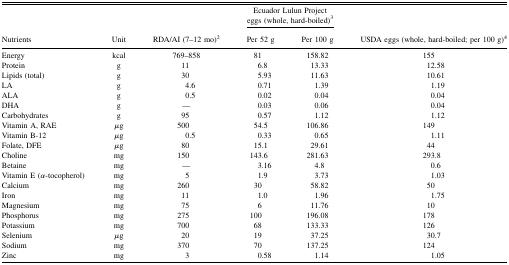
|  |  |  | <COLSPAN=2> Ecuador Lulun Project eggs (whole, hard-boiled)3 |  |
 | Nutrients | Unit | RDA/AI (7–12 mo)2 | Per 52 g | Per 100 g | USDA eggs (whole, hard-boiled; per 100 g)4 |
 | --- | --- | --- | --- | --- | --- |
 | Energy | kcal | 769–858 | 81 | 158.82 | 155 |
 | Protein | g | 11 | 6.8 | 13.33 | 12.58 |
 | Lipids (total) | g | 30 | 5.93 | 11.63 | 10.61 |
 | LA | g | 4.6 | 0.71 | 1.39 | 1.19 |
 | ALA | g | 0.5 | 0.02 | 0.04 | 0.04 |
 | DHA | g | — | 0.03 | 0.06 | 0.04 |
 | Carbohydrates | g | 95 | 0.57 | 1.12 | 1.12 |
 | Vitamin A, RAE | μg | 500 | 54.5 | 106.86 | 149 |
 | Vitamin B-12 | μg | 0.5 | 0.33 | 0.65 | 1.11 |
 | Folate, DFE | μg | 80 | 15.1 | 29.61 | 44 |
 | Choline | mg | 150 | 143.6 | 281.63 | 293.8 |
 | Betaine | mg | — | 3.16 | 4.8 | 0.6 |
 | Vitamin E (α-tocopherol) | mg | 5 | 1.9 | 3.73 | 1.03 |
 | Calcium | mg | 260 | 30 | 58.82 | 50 |
 | Iron | mg | 11 | 1.0 | 1.96 | 1.75 |
 | Magnesium | mg | 75 | 6 | 11.76 | 10 |
 | Phosphorus | mg | 275 | 100 | 196.08 | 178 |
 | Potassium | mg | 700 | 68 | 133.33 | 126 |
 | Selenium | μg | 20 | 19 | 37.25 | 30.7 |
 | Sodium | mg | 370 | 70 | 137.25 | 124 |
 | Zinc | mg | 3 | 0.58 | 1.14 | 1.05 |